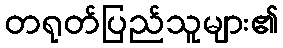
တရုတ်ပြည်သူများ၏